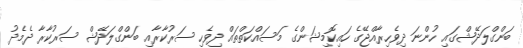
ބަންގްލަދޭޝްގައި ހުންނަ ދިވެހިރާއްޖޭގެ ހައިކޮމިޝަންގެ މަސައްކަތްތައް ދިވެހި ސަރުކާރާއި ބަންގްލަދޭޝް ސަރުކާރާ ދެމެދު